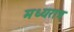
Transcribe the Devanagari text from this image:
मध्यरात्र